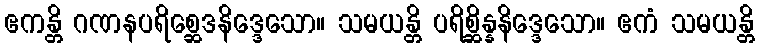
ဧကန္တိ ဂဏနပရိစ္ဆေဒနိဒ္ဒေသော။ သမယန္တိ ပရိစ္ဆိန္နနိဒ္ဒေသော။ ဧကံ သမယန္တိ